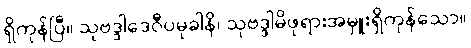
ရှိကုန်ပြီ။ သုဗဒ္ဒါဒေဝီပမုခါနိ၊ သုဗဒ္ဒါမိဖုရားအမှူးရှိကုန်သော။